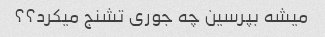
میشه بپرسین چه جوری تشنج میکرد؟؟